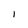
Character: I